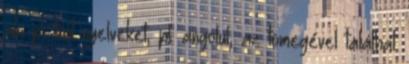
aki pl. tud nyelveket, pl. angolul, az tömegével találhat